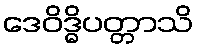
ဒေဝိဒ္ဓိပတ္တာသိ